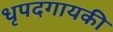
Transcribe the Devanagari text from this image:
धृपदगायकी